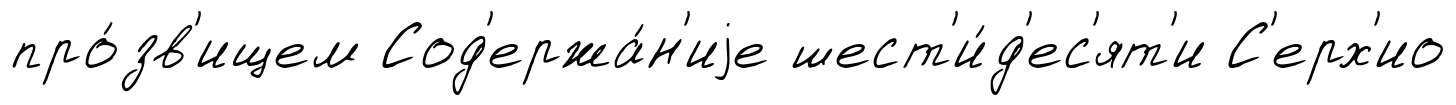
про́зв'ищем Сод'ержа́н'иjе шест'и́д'ес'ят'и С'ерх'ио